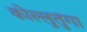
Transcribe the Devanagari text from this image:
कोल्लुतुंगा